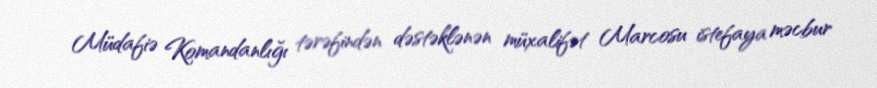
Müdafiə Komandanlığı tərəfindən dəstəklənən müxalifət Marcosu istefaya məcbur